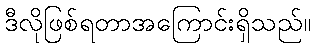
ဒီလိုဖြစ်ရတာအကြောင်းရှိသည်။